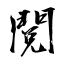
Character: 閱